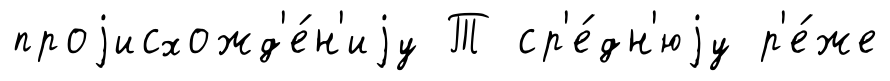
проjисхожд'е́н'иjу Т ср'е́дн'юjу р'е́же